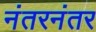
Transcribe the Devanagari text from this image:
नंतरनंतर